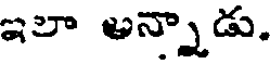
ఇలా అన్నాడు.